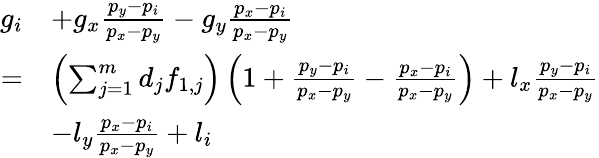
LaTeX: \begin{array}{rl}{g_{i}}&{+g_{x}\frac{p_{y}-p_{i}}{p_{x}-p_{y}}-g_{y}\frac{p_{x}-p_{i}}{p_{x}-p_{y}}}\\ {=}&{\left(\sum_{j=1}^{m}{d}_{j}f_{1,j}\right)\left(1+\frac{p_{y}-p_{i}}{p_{x}-p_{y}}-\frac{p_{x}-p_{i}}{p_{x}-p_{y}}\right)+l_{x}\frac{p_{y}-p_{i}}{p_{x}-p_{y}}}\\ &{-l_{y}\frac{p_{x}-p_{i}}{p_{x}-p_{y}}+l_{i}}\end{array}